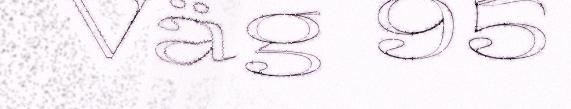
Väg 95